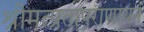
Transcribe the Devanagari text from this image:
श्रीमत्प्रतापराणायनं